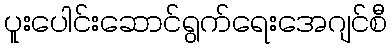
ပူးပေါင်းဆောင်ရွက်ရေးအေဂျင်စီ